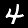
Label: 4